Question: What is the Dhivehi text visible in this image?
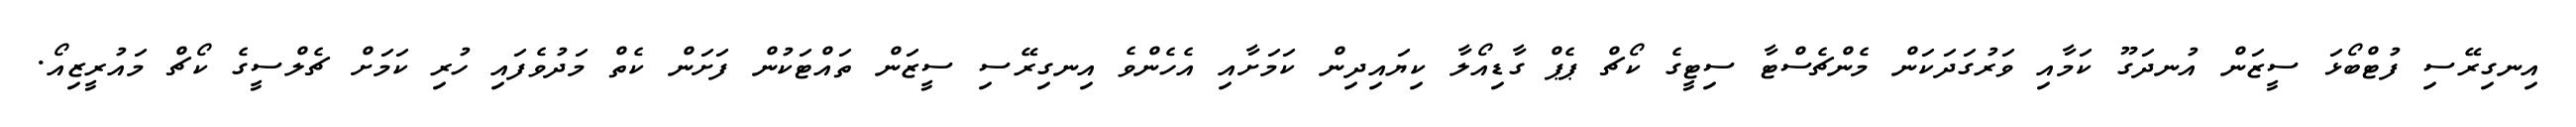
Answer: އިނގިރޭސި ފުޓްބޯޅަ ސީޒަން އުނދަގޫ ކަމާއި ވަރުގަދަކަން މެންޗެސްޓާ ސިޓީގެ ކޯޗް ޕެޕް ގާޑިއޯލާ ކިޔައިދިން ކަމަށާއި އެހެންވެ އިނގިރޭސި ސީޒަން ތައްޓަކުން ފަށަން ކެތް މަދުވެފައި ހުރި ކަމަށް ޗެލްސީގެ ކޯޗް މައުރީޒިއޯ.